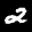
Label: 2